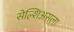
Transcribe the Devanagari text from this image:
सेल्शिअसला